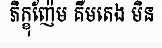
ភិក្ខុញ៉ែម គឺមតេង មិន